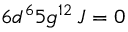
6 d ^ { 6 } 5 g ^ { 1 2 } \, J = 0